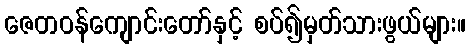
ဇေတဝန်ကျောင်းတော်နှင့် စပ်၍မှတ်သားဖွယ်များ။